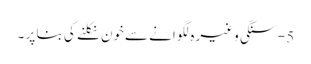
5 - سنگی وغیرہ لگوانے سےخون نکلنے کی بنا پر ۔